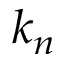
k _ { n }